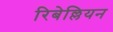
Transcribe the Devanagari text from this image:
रिबेल्लियन